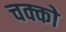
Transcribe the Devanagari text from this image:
चक्को